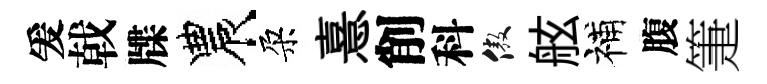
爰戟牒農朶憙削科傲舷補腹箑